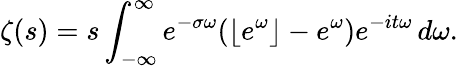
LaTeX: \zeta(s)=s\int_{-\infty}^{\infty}e^{-\sigma\omega}(\lfloor e^{\omega}\rfloor-e^{\omega})e^{-it\omega}\, d\omega.